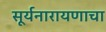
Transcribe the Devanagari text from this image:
सूर्यनारायणाचा